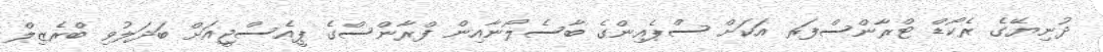
ދުނިޔޭގެ ރެކޯޑް ޓްރާންސްފަރ އަކަށް ސްޕެއިންގެ ބާސެލޯނާއިން ފްރާންސްގެ ޕީއެސްޖީއަށް ބަދަލުވި ބްރެޒިލް